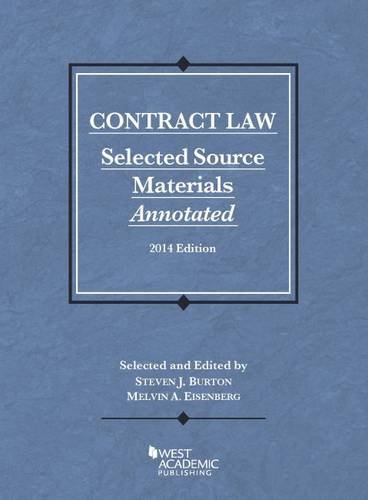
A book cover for Contract Law: Selected Source Materials Annotated, 2014 (Selected Statutes); Steven Burton; Law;